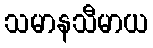
သမာနသီမာယ